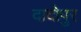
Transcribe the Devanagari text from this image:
दादोपुर